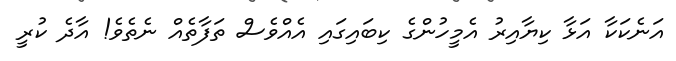
އަނެކަކާ އަޅާ ކިޔާއިރު އެމީހުންގެ ކިބައިގައި އެއްވެސް ތަފާތެއް ނެތެވެ! އާދެ ކުރީ